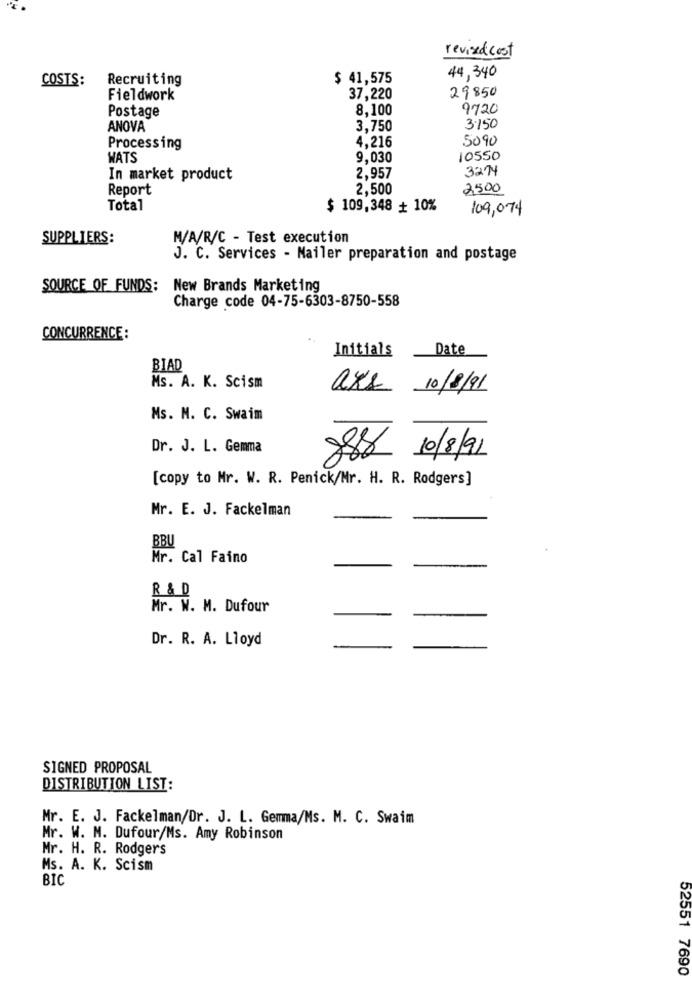
revised cost
COSTS:
Recruiting
$ 41,575
44,340
Fieldwork
37,220
29850
Postage
8,100
9720
ANOVA
3,750
3.150
4,216
5090
Processing
WATS
9,030
10550
3274
In market product
2,957
Report
2,500
2500
Total
$ 109,348 + 10%
109,074
SUPPLIERS:
M/A/R/C - Test execution
J. C. Services - Mailer preparation and postage
SOURCE OF FUNDS: New Brands Marketing
Charge code 04-75-6303-8750-558
CONCURRENCE :
Initials
Date
BIAD
Ms. A. K. Scism
aks 10/8/91
Ms. M. C. Swaim
Dr. J. L. Gemma
888 10/8/91
[copy to Mr. W. R. Penick/Mr. H. R. Rodgers]
Mr. E. J. Fackelman
BBU
Mr. Cal Faino
R & D
Mr. W. M. Dufour
Dr. R. A. Lloyd
SIGNED PROPOSAL
DISTRIBUTION LIST:
Mr. E. J. Fackelman/Dr. J. L. Gemma/Ms. M. C. Swaim
Mr. W. M. Dufour/Ms. Amy Robinson
Mr. H. R. Rodgers
Ms. A. K. Scism
BIC
52551 7690